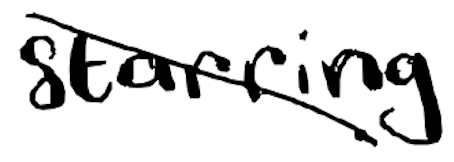
Text: starring
Cross-out: diagonal
Writing tool: digital_black